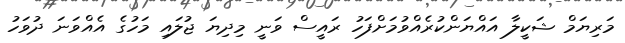
މަރިޔަމް ޝަކީލާ އައްޔަންކުރެއްވުމަށްފަހު ރައީސް ވަނީ މިދިޔަ ޖުލައި މަހުގެ އެއްވަނަ ދުވަހު